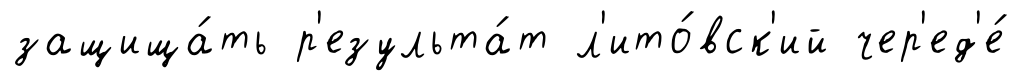
защища́ть р'езульта́т л'ито́вск'ий чер'ед'е́